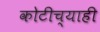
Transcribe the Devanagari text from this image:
कोटीच्याही